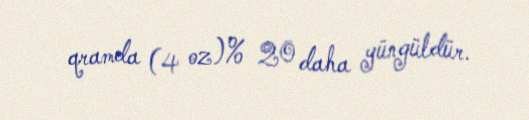
qramda (4 oz)% 20 daha yüngüldür.